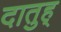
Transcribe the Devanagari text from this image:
दातुह्